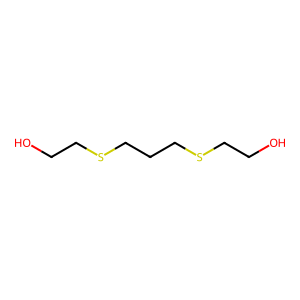
SMILES: OCCSCCCSCCO
Inhibits HIV replication: No